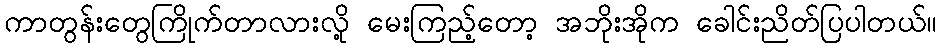
ကာတွန်းတွေကြိုက်တာလားလို့ မေးကြည့်တော့ အဘိုးအိုက ခေါင်းညိတ်ပြပါတယ်။